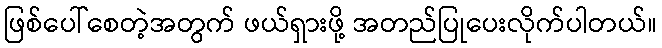
ဖြစ်ပေါ်စေတဲ့အတွက် ဖယ်ရှားဖို့ အတည်ပြုပေးလိုက်ပါတယ်။